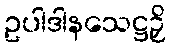
ဥပါဒါနသေဋ္ဌဉှိ